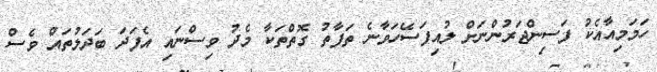
ހަމަމިއާއެކު ފަސިންޖަރުންނަށް ލުއިފަސޭހަވާނެ ތަފާތު ގޮތްތަކާ މެދު ވިސްނައި އެފަދަ ބަދަލުތައް ވެސް